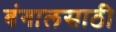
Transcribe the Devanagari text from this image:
बंगालसाठी